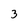
Character: 3